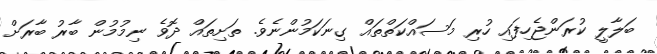
ބަލާލީ ކުރަންޖެހިފައި ހުރި މަސައްކަތްތައް ގިނަކަމުންނެވެ. ތަށިތައް ދޮވެ ނިމުމުން ބާރު ބާރަށް